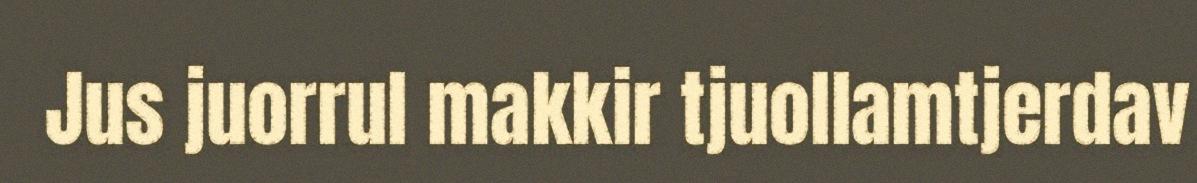
Jus juorrul makkir tjuollamtjerdav